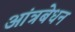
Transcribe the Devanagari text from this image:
आंत्रबेधन